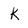
Character: K